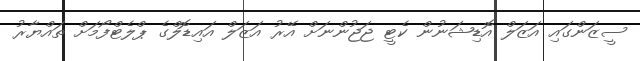
ސީޒަންގައި އަޒަލް އޮޑިޝަނުން ކެޓީ ޖަޖުންނަށް އޭރު އަޒަލް އައިޑޮލްގެ ޕްލެޓްފޯމަށް ތައްޔާރު